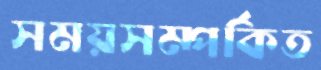
সময়সম্পর্কিত